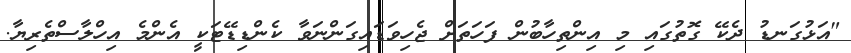
"އަޅުގަނޑު ދެކޭ ގޮތުގައި މި އިންތިހާބުން ފަހަތަށް ޖެހިވަޑައިގަންނަވާ ކެންޑިޑޭޓަކީ އެންމެ އިހްލާސްތެރިޔާ.